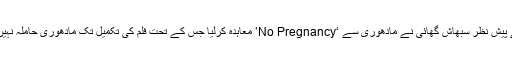
اسی خدشے کے پیش نظر سبھاش گھائی نے مادھوری سے ‘No Pregnancy’ معاہدہ کرلیا جس کے تحت فلم کی تکمیل تک مادھوری حاملہ نہیں ہو سکتی تھیں۔